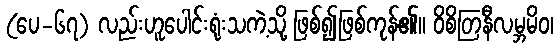
(ပေ-၆၇) လည်းဟူပေါင်းရုံးသကဲ့သို့ ဖြစ်၍ဖြစ်ကုန်၏။ ဝိစိတြနီလမ္ဘမိဝ၊